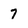
Character: 7